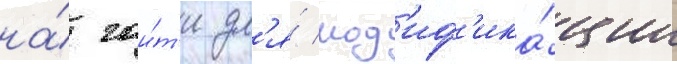
на́ гаи́т'и дл'я́ мод'иф'ика́ции